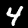
Label: 4